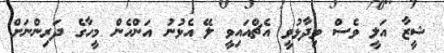
ޝީޒާ އަލީ ވެސް ވިދާޅުވީ އެޗްއައިވީ ލޭ އެޅުނު އަންހެން މީހާގެ ދަރިންނަށް